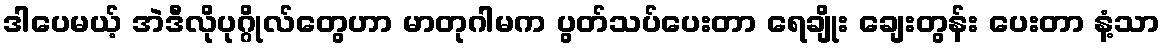
ဒါပေမယ့် အဲဒီလိုပုဂ္ဂိုလ်တွေဟာ မာတုဂါမက ပွတ်သပ်ပေးတာ ရေချိုး ချေးတွန်း ပေးတာ နံ့သာ